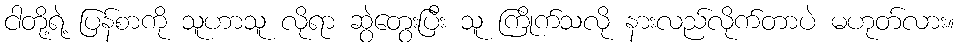
ငါတို့ရဲ့ ပြန်စာကို သူဟာသူ လိုရာ ဆွဲတွေးပြီး သူ ကြိုက်သလို နားလည်လိုက်တာပဲ မဟုတ်လား။